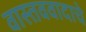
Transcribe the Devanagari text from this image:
वास्तववादाचे